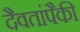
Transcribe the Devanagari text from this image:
दैवतांपैकी